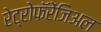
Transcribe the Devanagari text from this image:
रेट्रोफॅरेंजिअल